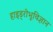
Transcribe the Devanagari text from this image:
हाइड्रोभूविज्ञान